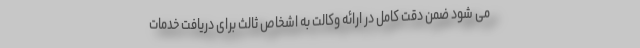
می شود ضمن دقت کامل در ارائه وکالت به اشخاص ثالث برای دریافت خدمات